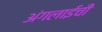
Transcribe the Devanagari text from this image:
अंगलाईची